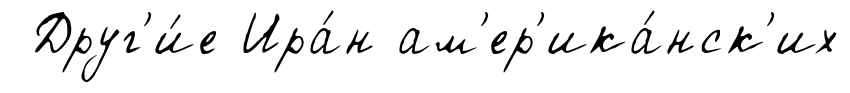
Друг'и́е Ира́н ам'ер'ика́нск'их